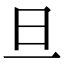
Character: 旦